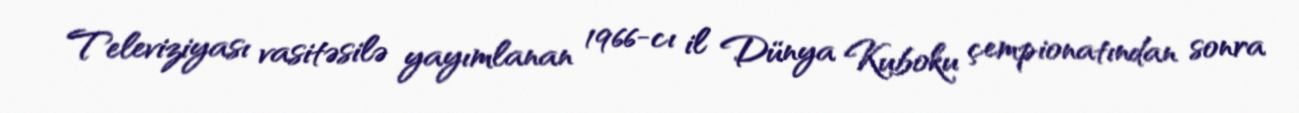
Televiziyası vasitəsilə yayımlanan 1966-cı il Dünya Kuboku çempionatından sonra